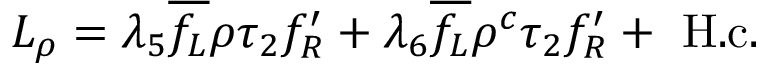
{ \cal L } _ { \rho } = \lambda _ { 5 } \overline { { { f _ { L } } } } \rho \tau _ { 2 } { f _ { R } ^ { \prime } } + \lambda _ { 6 } \overline { { { f _ { L } } } } \rho ^ { c } \tau _ { 2 } { f _ { R } ^ { \prime } } + \mathrm { ~ H . c . }